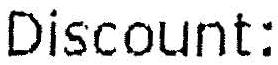
DISCOUNT: